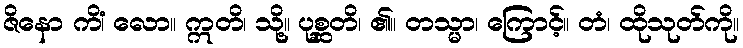
ဇိနော ကိံ၊ လော။ ဣတိ၊ သို့။ ပုစ္ဆတိ၊ ၏။ တသ္မာ၊ ကြောင့်။ တံ၊ ထိုသုတ်ကို။